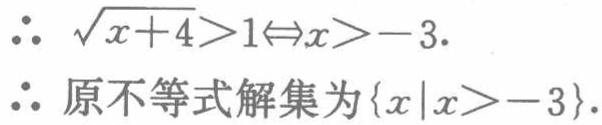
\(\therefore \sqrt{x + 4}>1\Leftrightarrow x>-3.\)
\(\therefore\)原不等式解集为\(\{x|x > - 3\}.\)